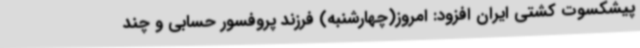
پیشکسوت کشتی ایران افزود: امروز(چهارشنبه) فرزند پروفسور حسابی و چند